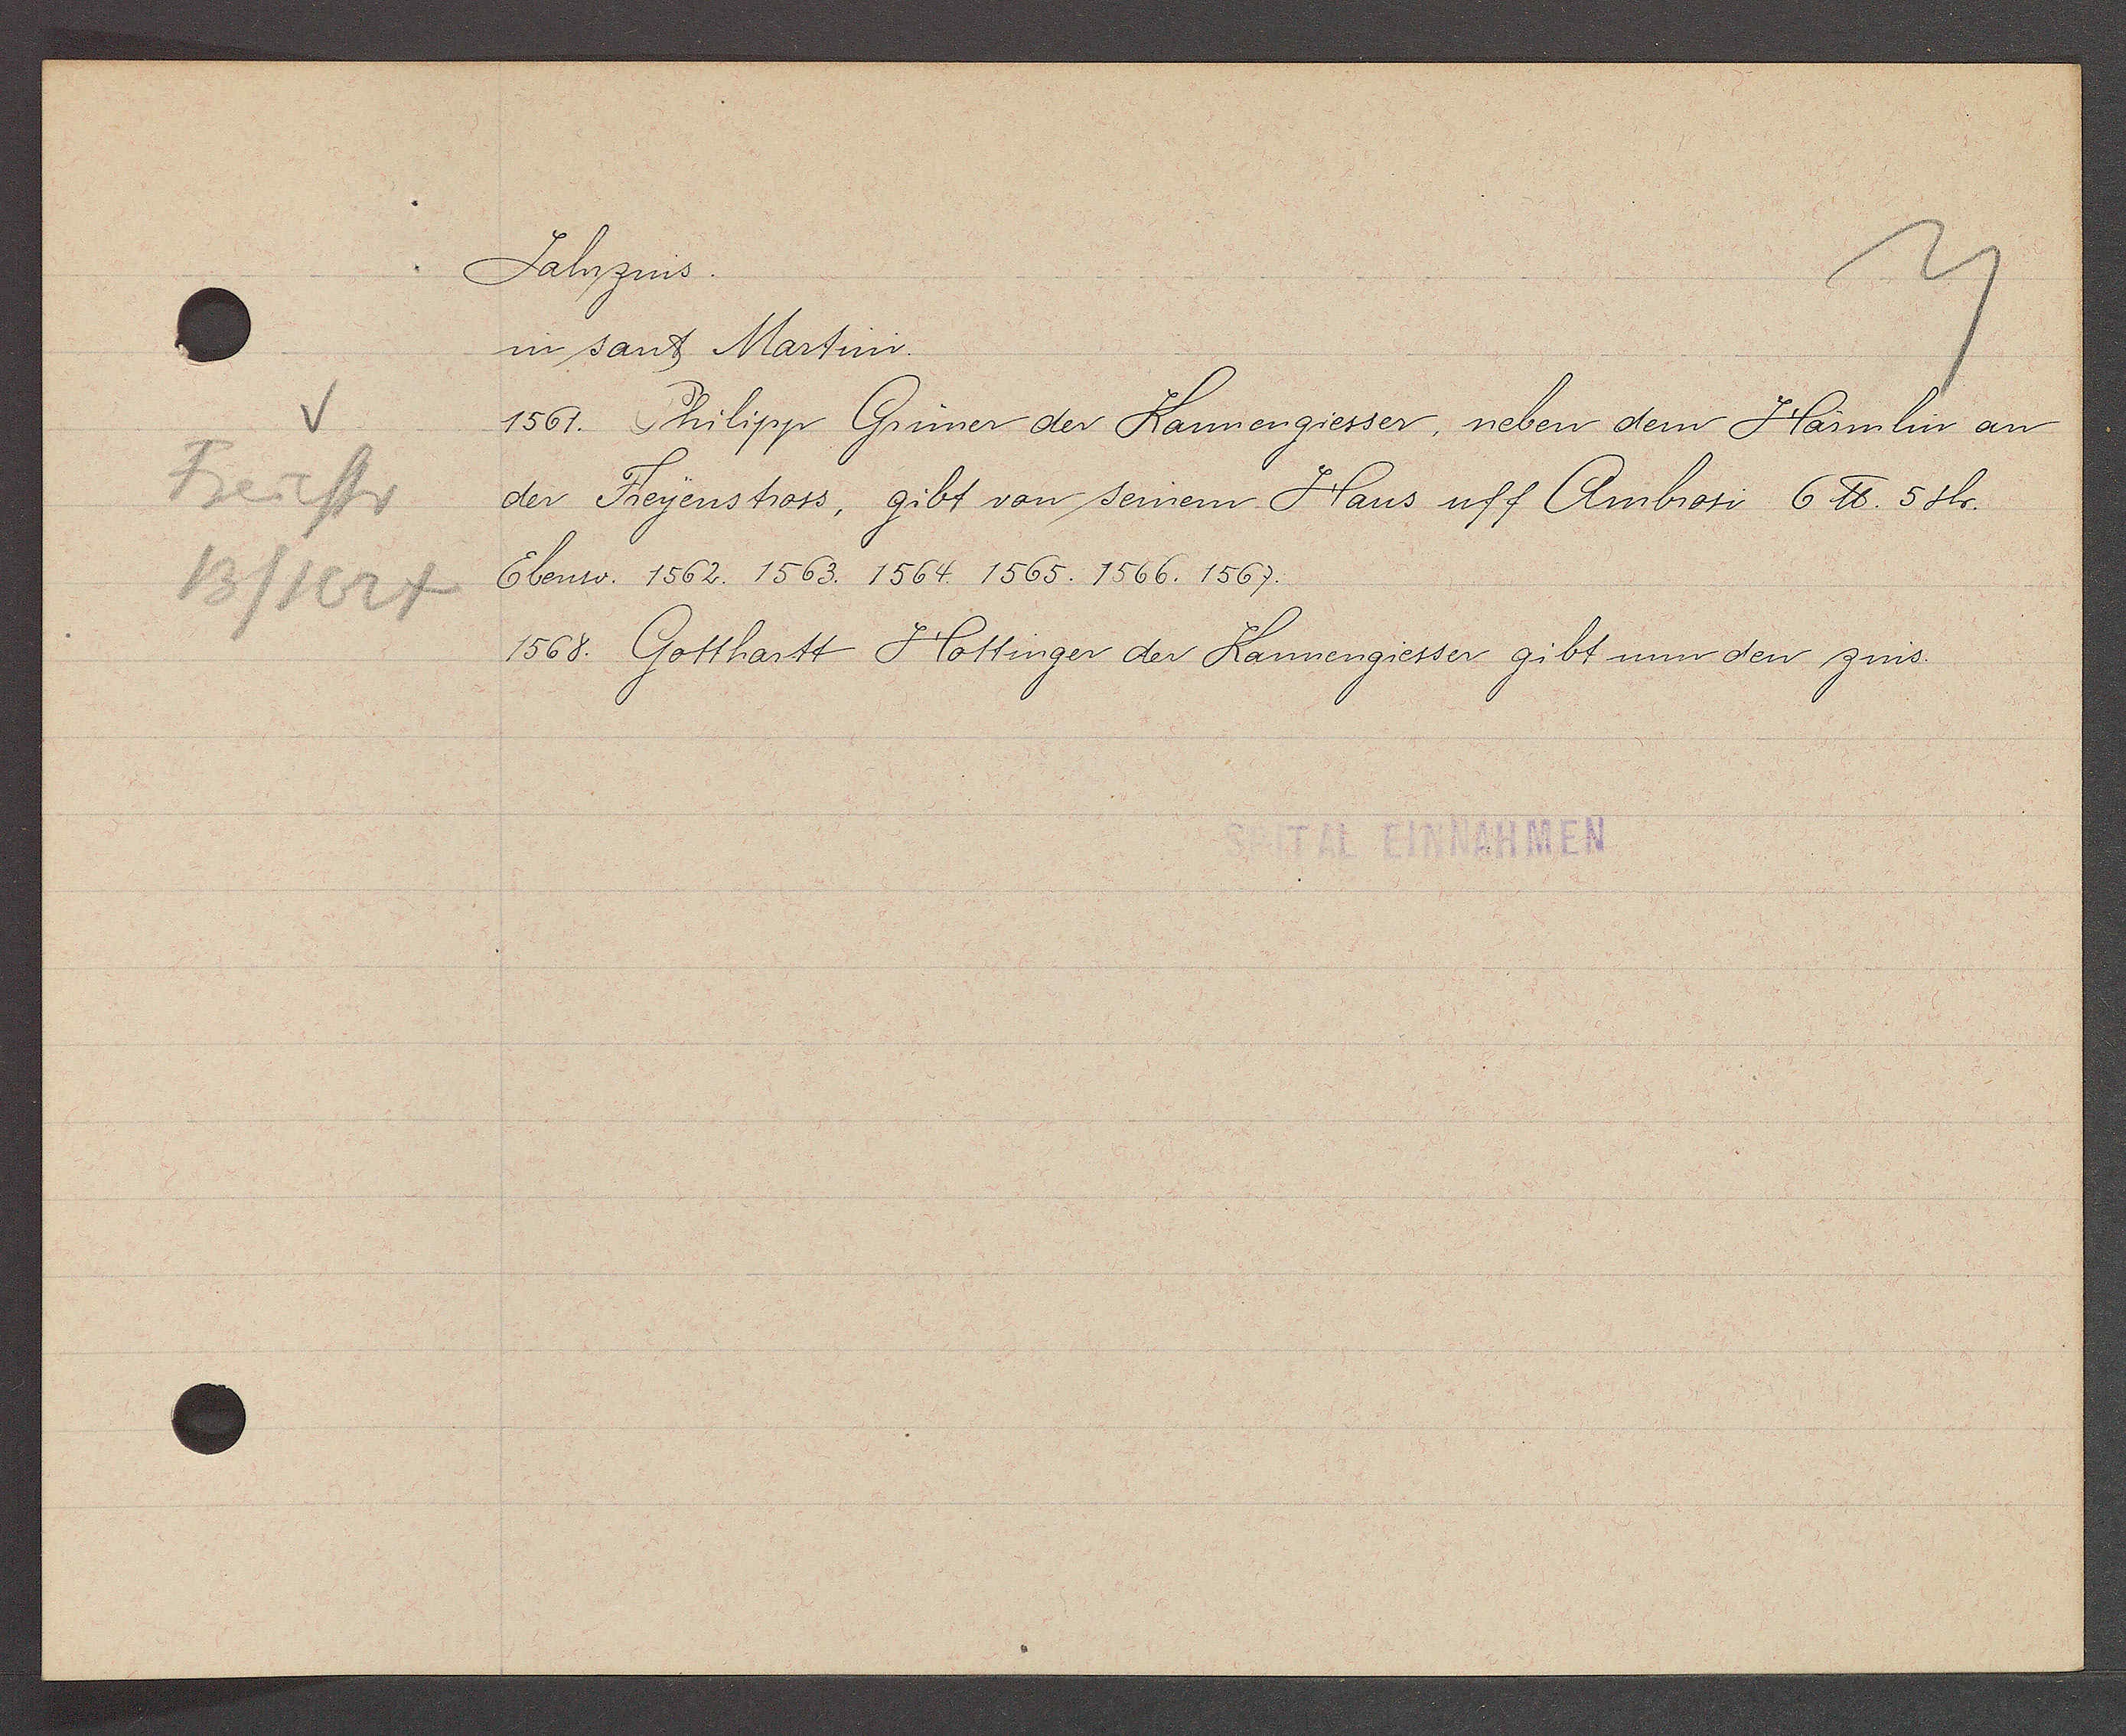
Transcript:
Freiestr
13/1624

Jahrzins.

in sant Martini.
1561. Philipp Grüner der Kannengiesser, neben dem Härmlin an
der Freyenstross, gibt von seinem Haus uff Ambrosi 6 ℔. 5 sh.
Ebenso. 1562. 1563. 1564. 1565. 1566. 1567.
1568. Gotthartt Hottinger der Kannengiesser, gibt nun den zins.

SPITAL EINNAHMEN